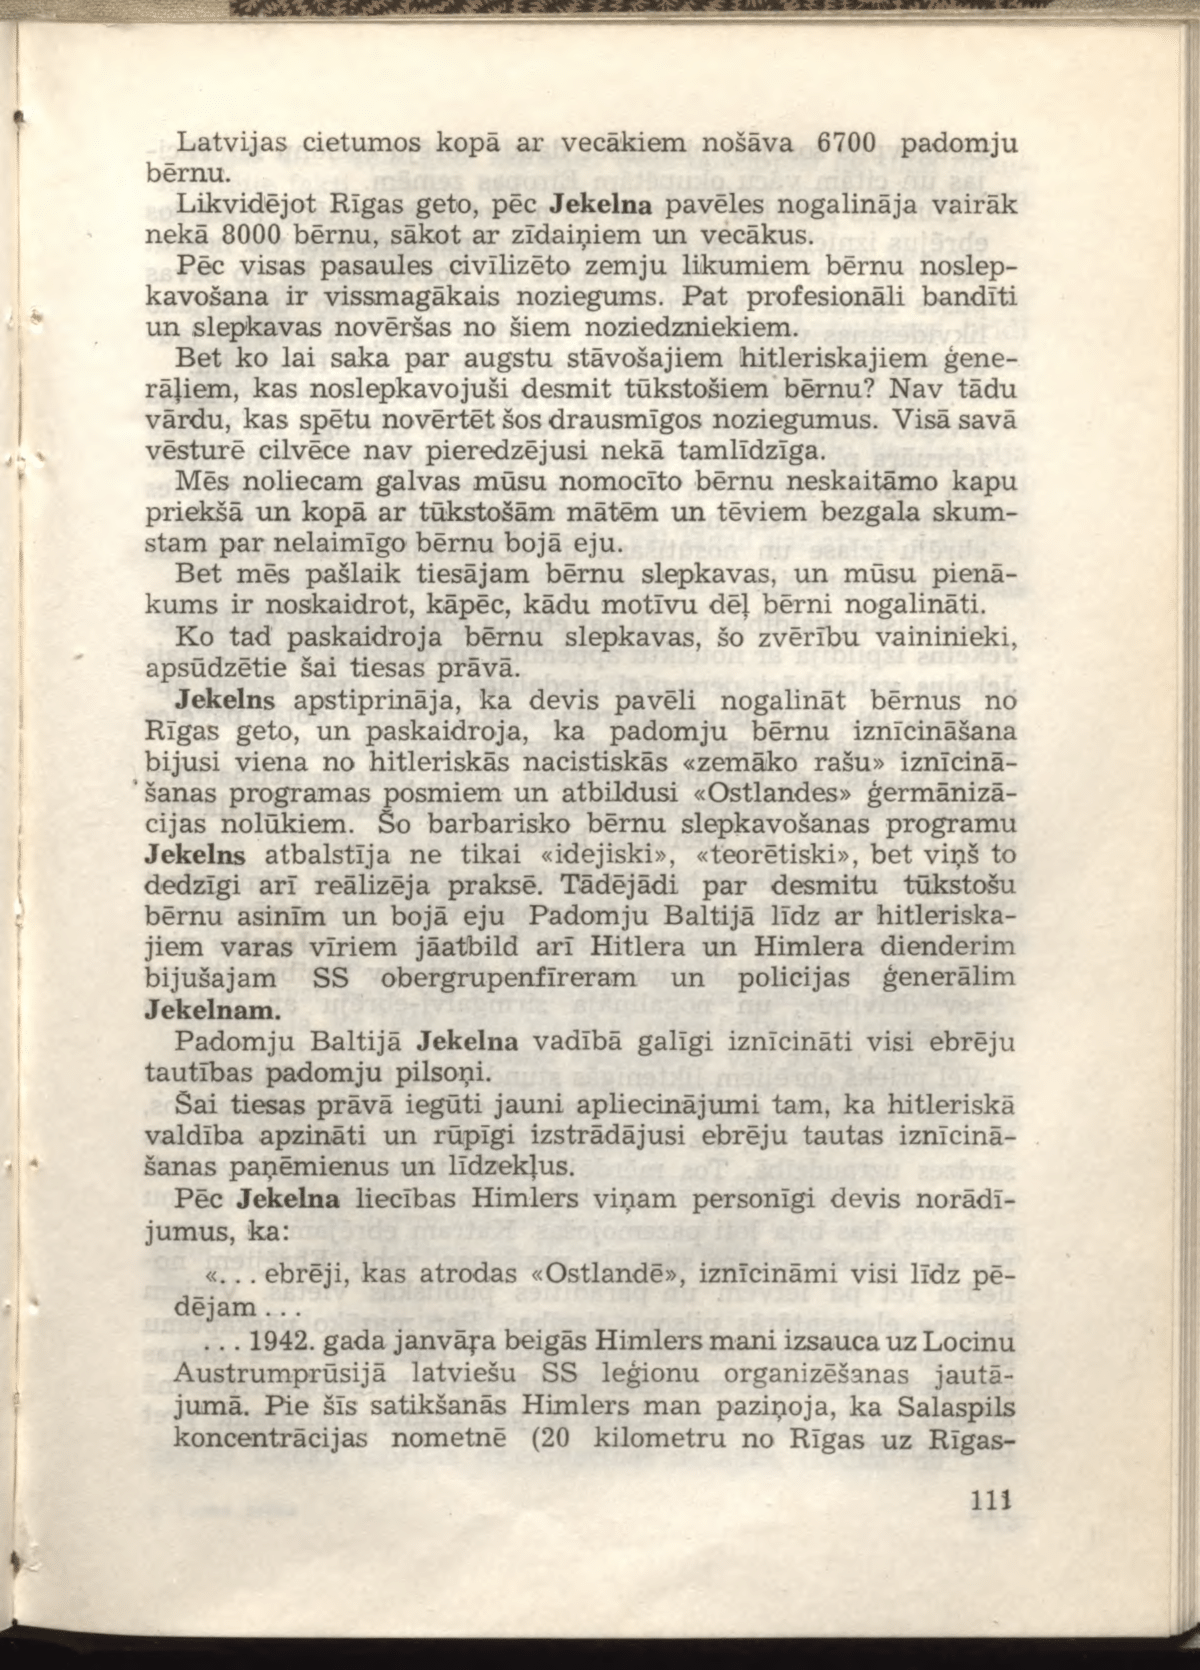
Language: lv